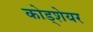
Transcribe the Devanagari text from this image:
कोड्शेयर